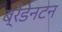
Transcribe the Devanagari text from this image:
ब्रेडेनटन